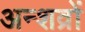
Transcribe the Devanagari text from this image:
अन्शव्रों